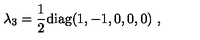
\lambda _ { 3 } = \frac { 1 } { 2 } \mathrm { d i a g } ( 1 , - 1 , 0 , 0 , 0 ) \ ,